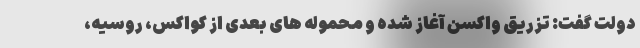
دولت گفت: تزریق واکسن آغاز شده و محموله های بعدی از کواکس، روسیه،